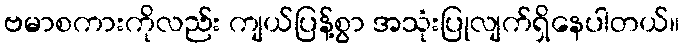
ဗမာစကားကိုလည်း ကျယ်ပြန့်စွာ အသုံးပြုလျက်ရှိနေပါတယ်။